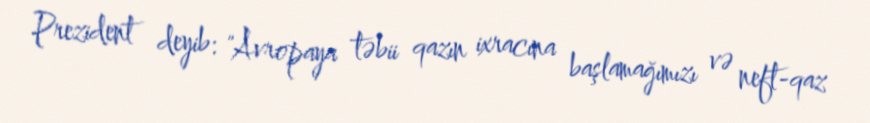
Prezident deyib: "Avropaya təbii qazın ixracına başlamağımızı və neft-qaz